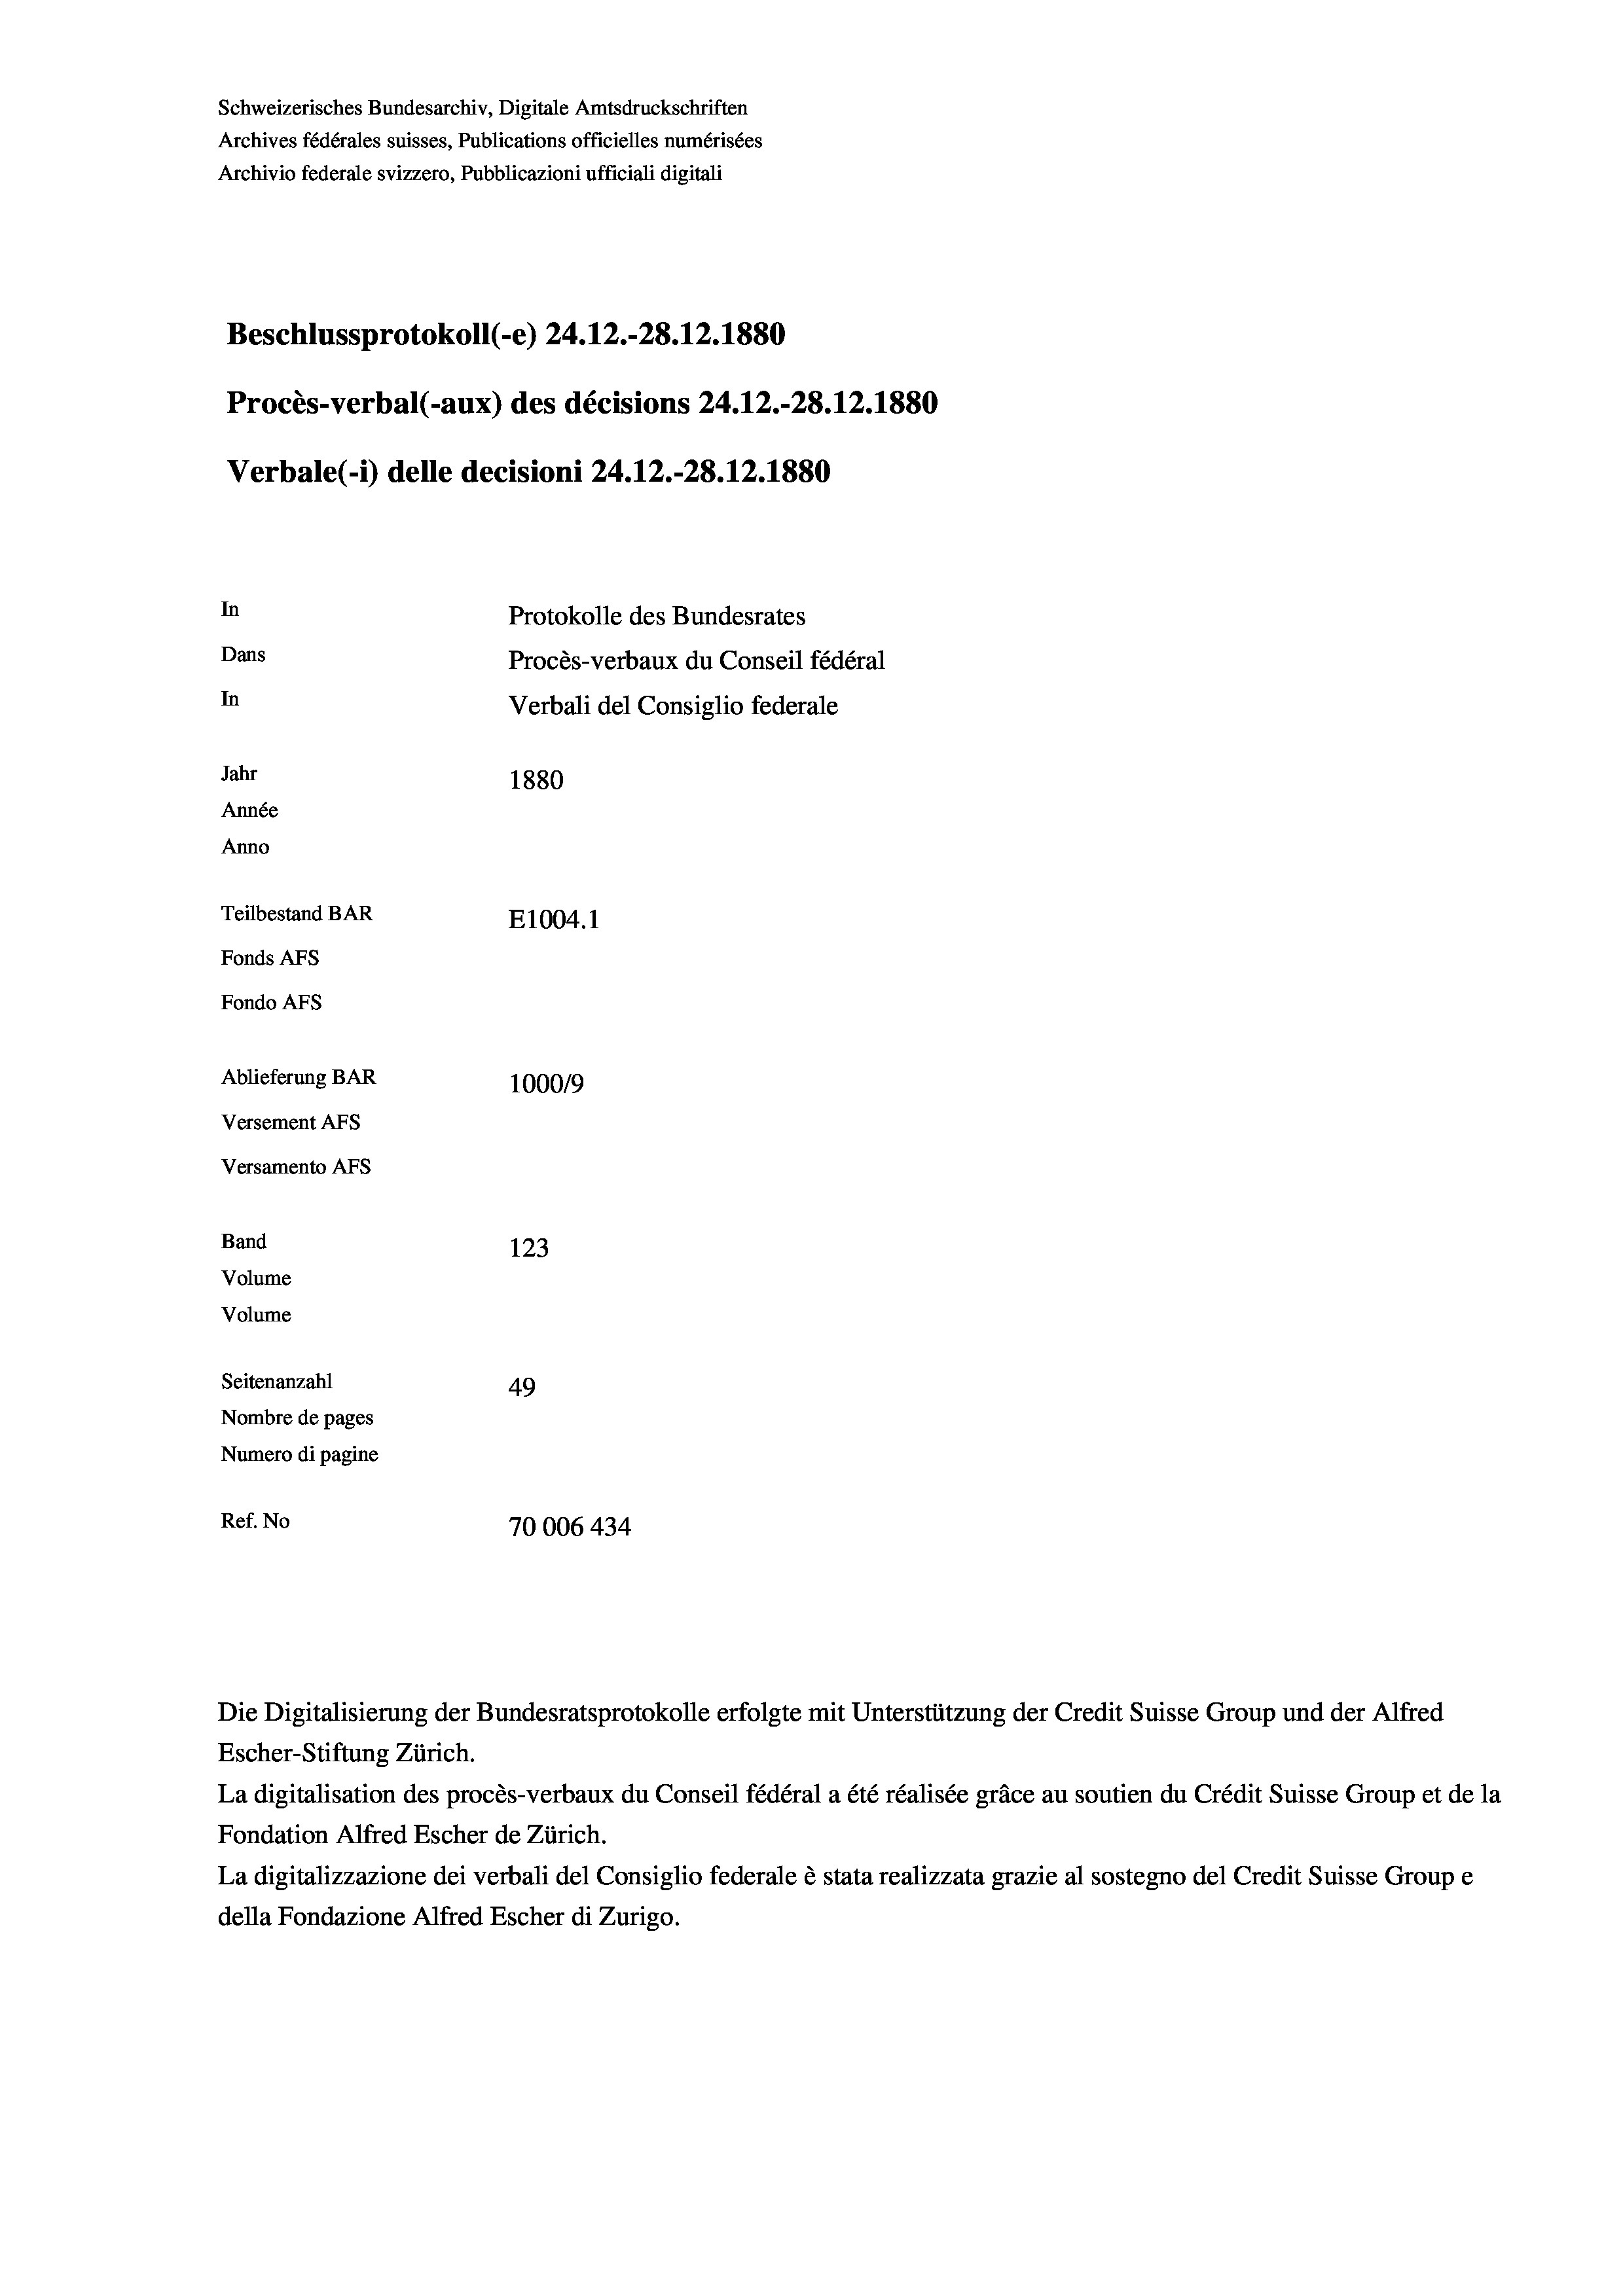
Schweizerisches Bundesarchiv, Digitale Amtsdruckschriften
Archives fédérales suisses, Publications officielles numérisées
Archivio federale svizzero, Pubblicazioni ufficiali digitali
Beschlussprotokoll (-e) 24.12.-28.12.1880
Procès-verbal (-aux) des décisions 24.12.-28.12.1880
Verbale(-*) delle decisioni 24.12.-28.12.1880
In
Protokolle des Bundesrates
Dans
Procès-verbaux du Conseil fédéral
In
Verbali del Consiglio federale
Jahr
1880
Année
Anno
Teilbestand BAR
E1004. 1
Fonds AFs
Fondo AFS
Ablieferung BAR
100019
Versement AFs
Versamento Afs

Volume
Volume
Seitenanzahl
Nombre de pages
Numero di pagine
Ref. No

Band

123
49
70006 434

Escher-Stiftung Zürich.
La digitalisation des procès-verbaux du Conseil fédéral a été réalisée gräce au soutien du Crédit Suisse Group et de la
Fondation Alfred Escher de Zürich.
La digitalizzazione dei verbali del Consiglio federale è stata realizzata grazie al sostegno del Credit Suisse Groupe
della Fondazione Alfred Escher di Zurigo.

Die Digitalisierung der Bundesratsprotokolle erfolgte mit Unterstützung der Credit Suisse Group und der Alfred